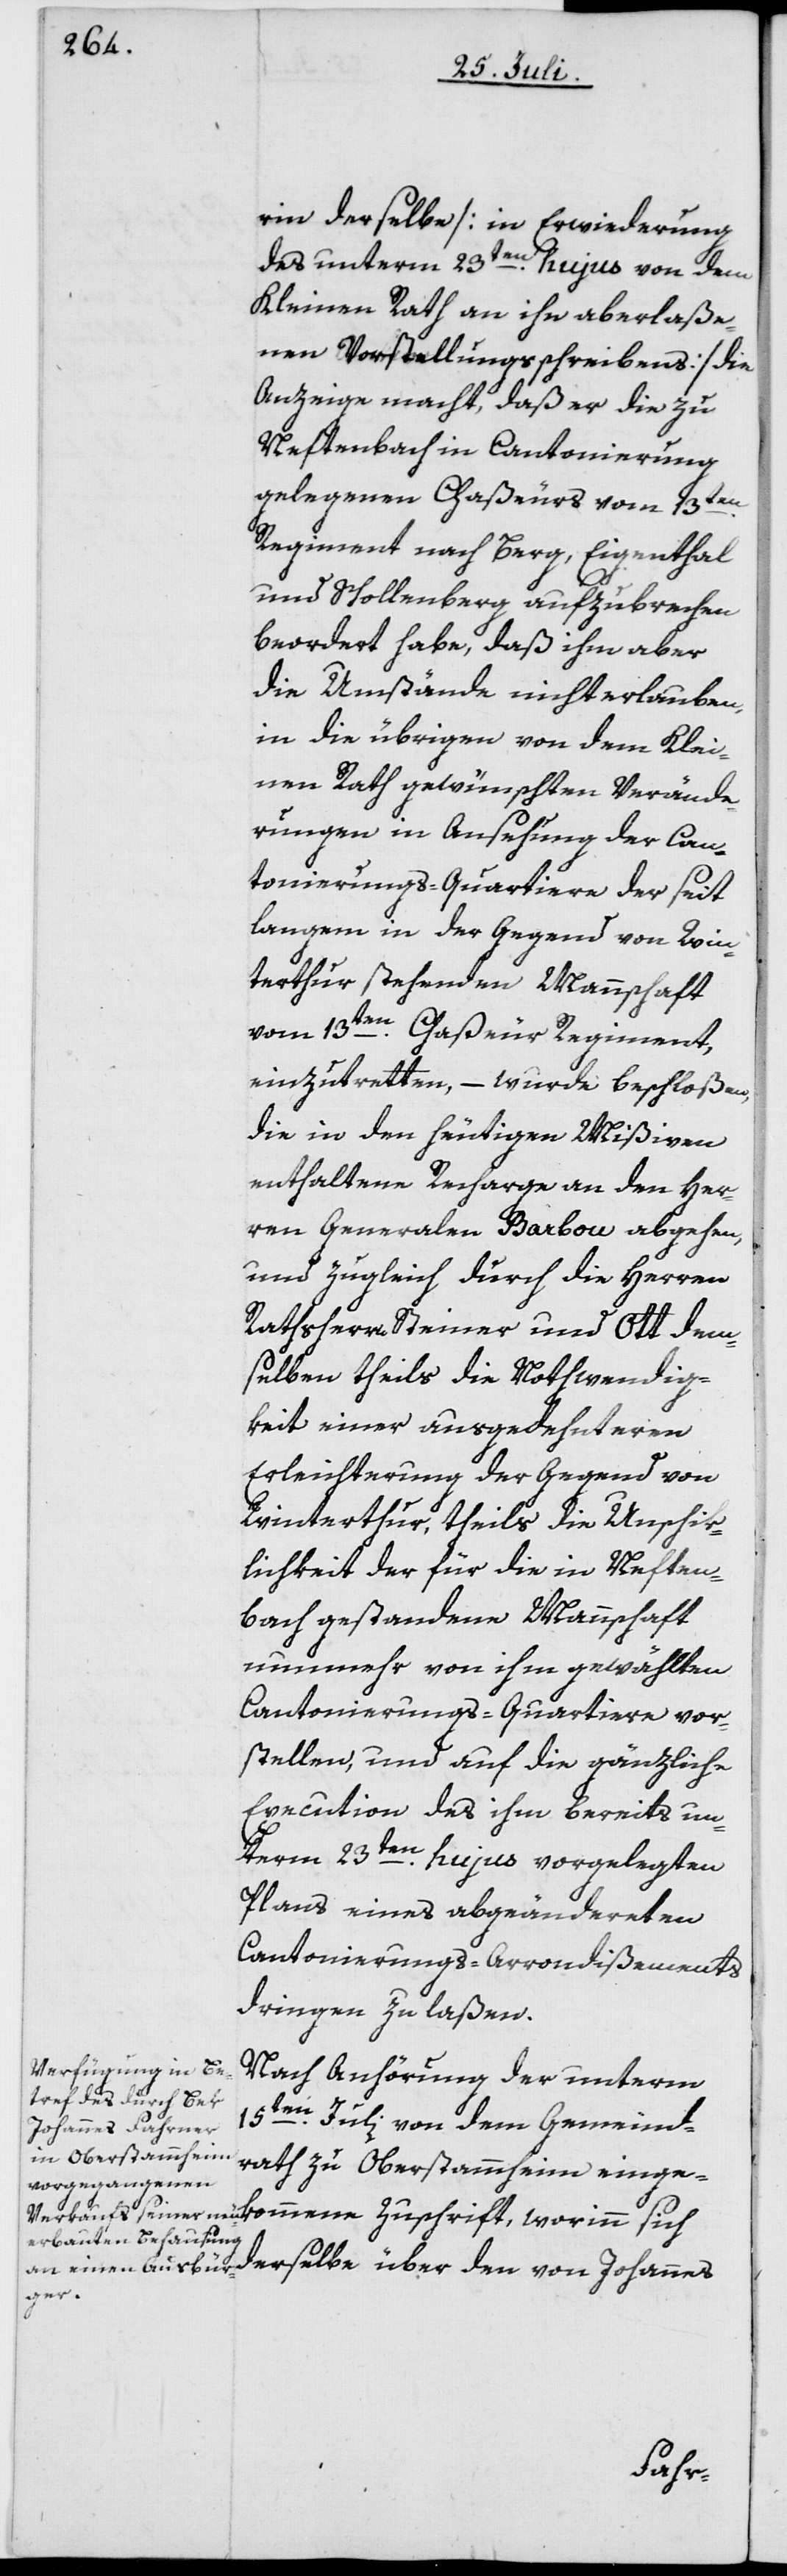
rin derselbe [in Erwiederung
des unterm 23ten hujus von dem
Kleinen Rath an ihn aberlaße¬
nen Vorstellungsschreibens] die
Anzeige macht, daß er die zu
Neftenbach in Cantonierung
gelegenen Chaßeurs vom 13ten
Regiment nach Berg, Eigenthal
und Schollenberg aufzubrechen
beordert habe, daß ihm aber
die Umstände nicht erlauben,
in die übrigen von dem Klei¬
nen Rath gewünschten Verände¬
rungen in Ansehung der Can¬
tonierungs-Quartiere der seit
langem in der Gegend von Win¬
terthur stehenden Mannschaft
vom 13ten Chaßeur Regiment,
einzutretten, – wurde beschloßen,
die in den heutigen Mißiven
enthaltene Recharge an den Her¬
ren Generalen Barbou abgehen,
und zugleich durch die Herren
Rathsherrn Steiner und Ott dem¬
selben theils die Nothwendig¬
keit einer ausgedehnteren
Erleichterung der Gegend von
Winterthur, theils die Unschik¬
lichkeit der für die in Neften¬
bach gestandene Mannschaft
nunmehr von ihm gewählten
Cantonierungs-Quartiere vor¬
stellen, und auf die gänzliche
Execution des ihm bereits un¬
term 23ten hujus vorgelegten
Plans eines abgeändereten
Cantonierungs-Arrondißements
dringen zu laßen.
Nach Anhörung der unterm
15ten Juli von dem Gemeind¬
rath zu Oberstammheim einge¬
derselbe über den von Johannes
sich